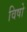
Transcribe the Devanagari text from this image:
विषो